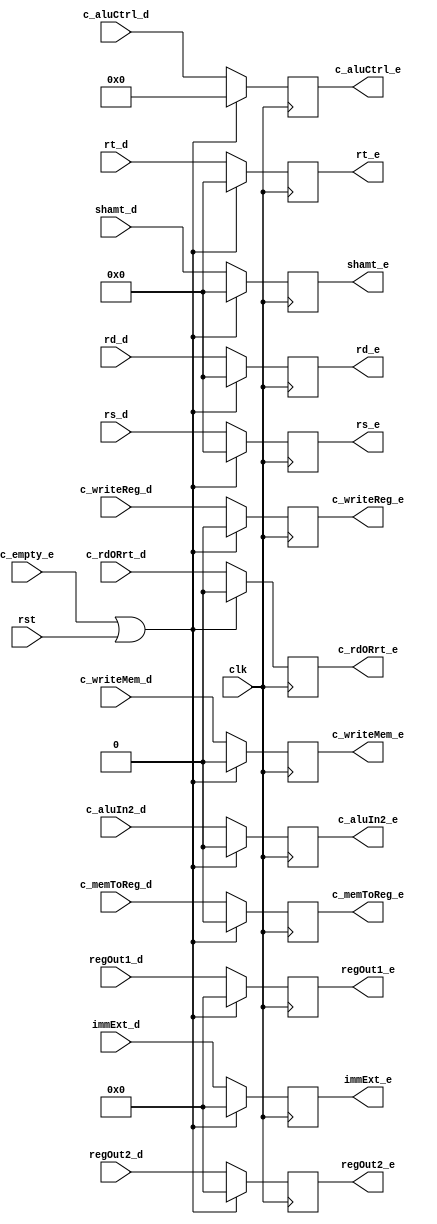
`timescale 1ns / 1ps
//////////////////////////////////////////////////////////////////////////////////
// Company: 
// Engineer: 
// 
// Design Name: 
// Module Name: id_ex
// Project Name: 
// Target Devices: 
// Tool Versions: 
// Description: 
// 
// Dependencies: 
// 
// Revision:
// Revision 0.01 - File Created
// Additional Comments:
// 
//////////////////////////////////////////////////////////////////////////////////


module id_ex(
    input clk,rst,c_empty_e,c_writeReg_d,c_rdORrt_d,c_writeMem_d,c_memToReg_d,c_aluIn2_d,
    input [5:0] c_aluCtrl_d,
    input [4:0] rs_d,rt_d,rd_d,shamt_d,
    input [31:0] regOut1_d,regOut2_d,immExt_d,
    output reg c_writeReg_e,c_rdORrt_e,c_writeMem_e,c_memToReg_e,c_aluIn2_e,
    output reg [5:0] c_aluCtrl_e,
    output reg [4:0] rs_e,rt_e,rd_e,shamt_e,
    output reg [31:0] regOut1_e,regOut2_e,immExt_e
    );
    
    initial
    begin
        c_writeReg_e<=0;
        c_rdORrt_e<=0;
        c_writeMem_e<=0;
        c_memToReg_e<=0;
        c_aluCtrl_e<=0;
        c_aluIn2_e<=0;
        rs_e<=5'b00000;
        rt_e<=5'b00000;
        rd_e<=5'b00000;
        shamt_e<=0;
        regOut1_e<=0;
        regOut2_e<=0;
        immExt_e<=0;
    end
    
    always@(posedge clk)
    begin
        if(c_empty_e || rst)
        begin
            c_writeReg_e<=0;
            c_rdORrt_e<=0;
            c_writeMem_e<=0;
            c_memToReg_e<=0;
            c_aluCtrl_e<=0;
            c_aluIn2_e<=0;
            rs_e<=5'b00000;
            rt_e<=5'b00000;
            rd_e<=5'b00000;
            shamt_e<=0;
            regOut1_e<=0;
            regOut2_e<=0;
            immExt_e<=0;
        end
        else
        begin
            c_writeReg_e<=c_writeReg_d;
            c_rdORrt_e<=c_rdORrt_d;
            c_writeMem_e<=c_writeMem_d;
            c_memToReg_e<=c_memToReg_d;
            c_aluCtrl_e<=c_aluCtrl_d;
            c_aluIn2_e<=c_aluIn2_d;
            rs_e<=rs_d;
            rt_e<=rt_d;
            rd_e<=rd_d;
            shamt_e<=shamt_d;
            regOut1_e<=regOut1_d;
            regOut2_e<=regOut2_d;
            immExt_e<=immExt_d;
        end
    end                     
endmodule